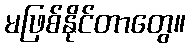
မဖြစ်နိုင်တာတွေ။